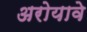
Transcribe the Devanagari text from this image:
अरोयावे